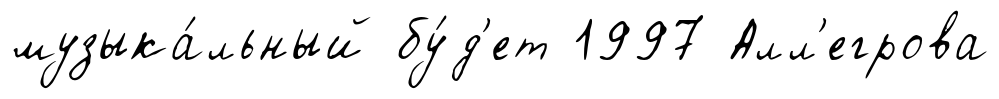
музыка́льный бу́д'ет 1997 Алл'егрова